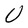
Character: U